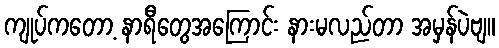
ကျုပ်ကတော့ နာရီတွေအကြောင်း နားမလည်တာ အမှန်ပဲဗျ။